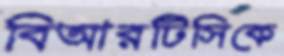
বিআরটিসিকে